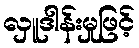
လှူဒါန်းမှုဖြင့်